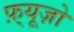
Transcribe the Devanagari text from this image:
फ़्यूज़ो